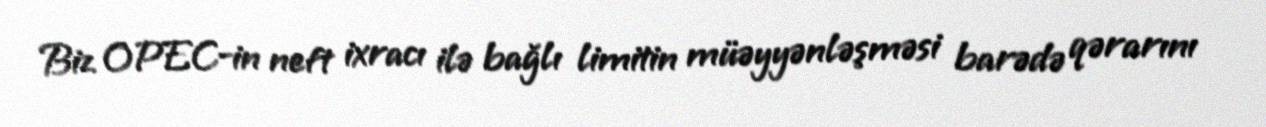
Biz OPEC-in neft ixracı ilə bağlı limitin müəyyənləşməsi barədə qərarını